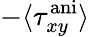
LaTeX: -\langle\tau_{xy}^{\mathrm{ani}}\rangle